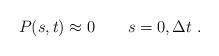
LaTeX: \begin{align*}P(s,t) \approx 0 \qquad s = 0, {\Delta t} \; .\end{align*}